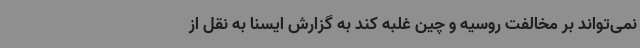
نمی‌تواند بر مخالفت روسیه و چین غلبه کند به گزارش ایسنا به نقل از